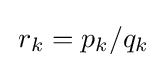
\,r_{k}=p_{k}/q_{k}